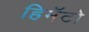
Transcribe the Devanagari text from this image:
हिमॅटो